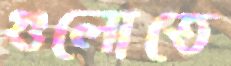
গুলোতে